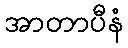
အာတာပီနံ